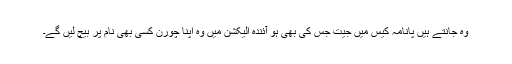
وہ جانتے ہیں پانامہ کیس میں جیت جس کی بھی ہو آئندہ الیکشن میں وہ اپنا چورن کسی بھی نام پر بیچ لیں گے۔